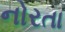
નોરતા